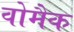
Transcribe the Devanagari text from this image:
वोमैक